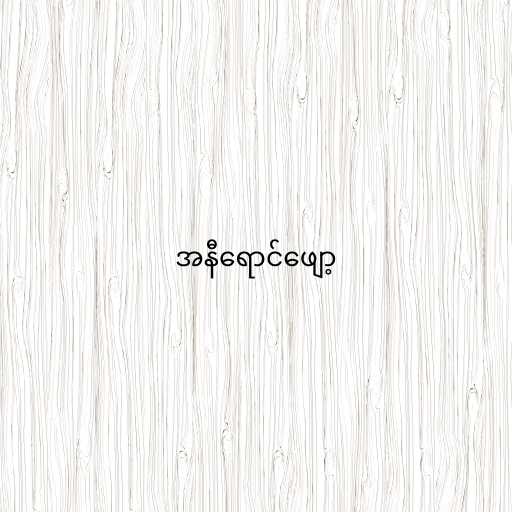
အနီရောင်ဖျော့